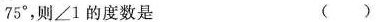
7 5°$$，则\angle 1的度数是 ( )